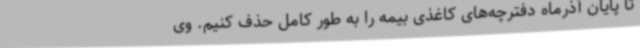
تا پایان آذرماه دفترچه‌های کاغذی بیمه را به طور کامل حذف کنیم. وی